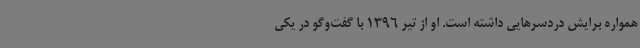
همواره برایش دردسرهایی داشته است. او از تیر 1396 با گفت‌وگو در یکی